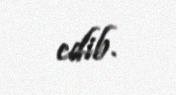
edib.